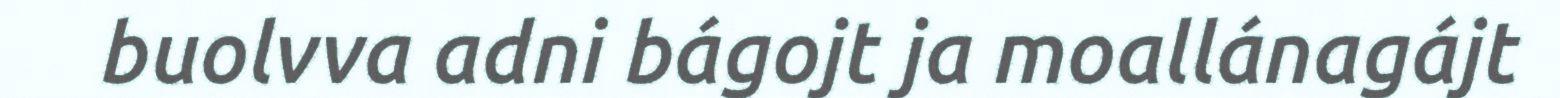
buolvva adni bágojt ja moallánagájt